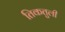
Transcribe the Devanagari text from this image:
तिकतुली